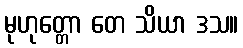
မုဟုတ္တော တေ သိယာ ဒသ။